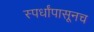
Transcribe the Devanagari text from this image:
स्पर्धांपासूनच